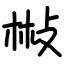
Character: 㪔